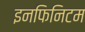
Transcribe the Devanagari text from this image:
इनफिनिटम